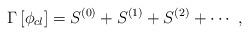
LaTeX: \begin{align*}\Gamma\left[\phi_{cl}\right] = S^{(0)} + S^{(1)} + S^{(2)} + \cdots\,\,,\end{align*}